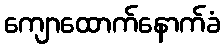
ကျောထောက်နောက်ခံ